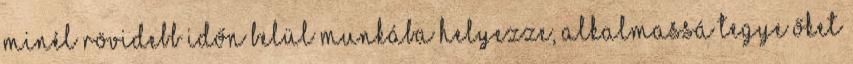
minél rövidebb időn belül munkába helyezze, alkalmassá tegye őket